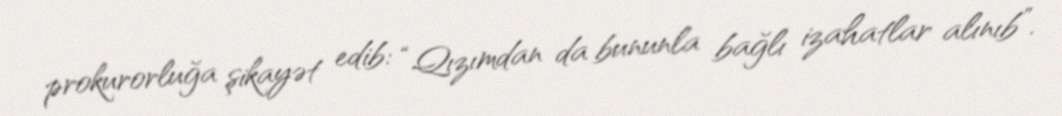
prokurorluğa şikayət edib: “Qızımdan da bununla bağlı izahatlar alınıb”.